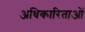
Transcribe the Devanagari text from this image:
अधिकारिताओं